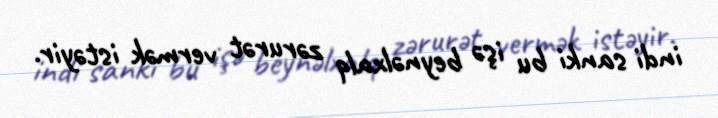
indi sanki bu işə beynəlxalq zərurət vermək istəyir.